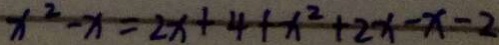
x ^ { 2 } - x = 2 x + 4 + x ^ { 2 } + 2 x - x - 2